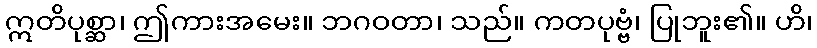
ဣတိပုစ္ဆာ၊ ဤကားအမေး။ ဘဂဝတာ၊ သည်။ ကတပုဗ္ဗံ၊ ပြုဘူး၏။ ဟိ၊